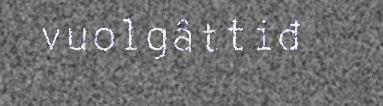
vuolgâttiđ